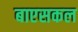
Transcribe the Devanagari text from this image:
बाएसकल